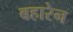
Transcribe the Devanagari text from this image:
बहारेन